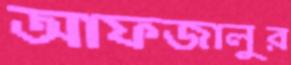
আফজালুর